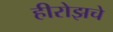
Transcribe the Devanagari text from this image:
हीरोझचे